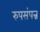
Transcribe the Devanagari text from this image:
रुपसंपन्न